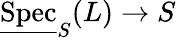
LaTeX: {\underline{{\mathrm{Spec}}}}_{S}(L)\to S